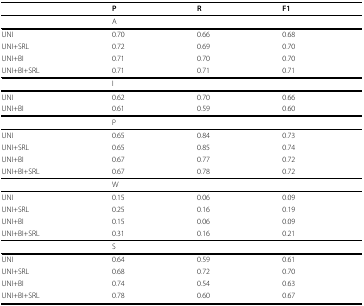
<table><thead><tr><td></td><td><b>P</b></td><td><b>R</b></td><td><b>F1</b></td></tr></thead><tbody><tr><td></td><td>A</td><td></td><td></td></tr><tr><td>UNI</td><td>0.70</td><td>0.66</td><td>0.68</td></tr><tr><td>UNI+SRL</td><td>0.72</td><td>0.69</td><td>0.70</td></tr><tr><td>UNI+BI</td><td>0.71</td><td>0.70</td><td>0.70</td></tr><tr><td>UNI+BI+SRL</td><td>0.71</td><td>0.71</td><td>0.71</td></tr><tr><td></td><td>I</td><td></td><td></td></tr><tr><td>UNI</td><td>0.62</td><td>0.70</td><td>0.66</td></tr><tr><td>UNI+BI</td><td>0.61</td><td>0.59</td><td>0.60</td></tr><tr><td></td><td>P</td><td></td><td></td></tr><tr><td>UNI</td><td>0.65</td><td>0.84</td><td>0.73</td></tr><tr><td>UNI+SRL</td><td>0.65</td><td>0.85</td><td>0.74</td></tr><tr><td>UNI+BI</td><td>0.67</td><td>0.77</td><td>0.72</td></tr><tr><td>UNI+BI+SRL</td><td>0.67</td><td>0.78</td><td>0.72</td></tr><tr><td></td><td>W</td><td></td><td></td></tr><tr><td>UNI</td><td>0.15</td><td>0.06</td><td>0.09</td></tr><tr><td>UNI+SRL</td><td>0.25</td><td>0.16</td><td>0.19</td></tr><tr><td>UNI+BI</td><td>0.15</td><td>0.06</td><td>0.09</td></tr><tr><td>UNI+BI+SRL</td><td>0.31</td><td>0.16</td><td>0.21</td></tr><tr><td></td><td>S</td><td></td><td></td></tr><tr><td>UNI</td><td>0.64</td><td>0.59</td><td>0.61</td></tr><tr><td>UNI+SRL</td><td>0.68</td><td>0.72</td><td>0.70</td></tr><tr><td>UNI+BI</td><td>0.74</td><td>0.54</td><td>0.63</td></tr><tr><td>UNI+BI+SRL</td><td>0.78</td><td>0.60</td><td>0.67</td></tr></tbody></table>